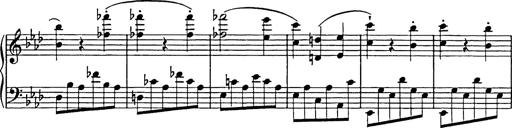
Title: Feuilles d'Album
Composer: Percy Godfrey